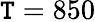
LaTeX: \mathtt{T}=850